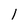
Character: 1